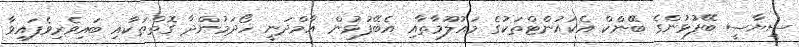
ސިޔާސީ ބޭފުޅުންގެ ބޭންކް އެކައުންޓްތަކުގެ މައުލޫމާތާއި އެބޭފުޅުން އާމްދަނީ ހޯދަމުންދާ ގޮތްތަކާއި ބައިވެރިވެފައިވާ